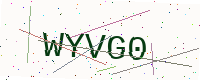
Text: WYVG0